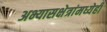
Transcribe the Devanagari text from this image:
अभ्यासक्षेत्रांमध्येही